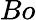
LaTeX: Bo